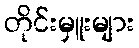
တိုင်းမှူးများ